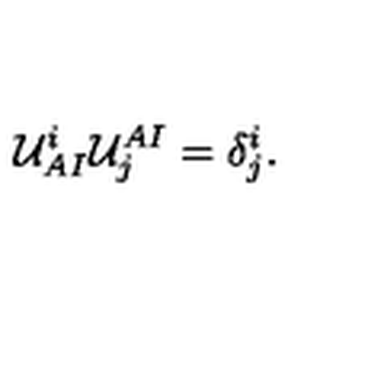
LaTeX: { \cal U } _ { A I } ^ { i } { \cal U } _ { j } ^ { A I } = \delta _ { j } ^ { i } .